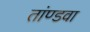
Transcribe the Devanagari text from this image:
तांण्डवा